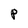
Character: P